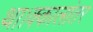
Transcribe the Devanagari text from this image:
था।क्कालांतर